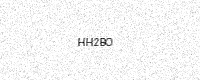
Text: HH2BO